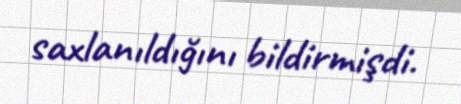
saxlanıldığını bildirmişdi.